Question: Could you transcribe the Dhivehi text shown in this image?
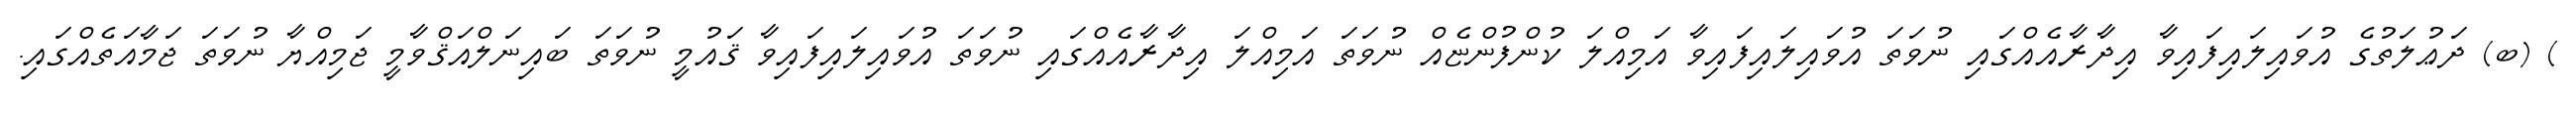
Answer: ) (ބ) ދަޢުލަތުގެ އުވައިލައިފައިވާ އިދާރާއެއްގައި ނުވަތަ އުވައިލައިފައިވާ އަމިއްލަ ކުންފުންޏެއް ނުވަތަ އަމިއްލަ އިދާރާއެއްގައި ނުވަތަ އުވައިލައިފައިވާ ޤައުމީ ނުވަތަ ބައިނަލްއަޤްވާމީ ޖަމިއްޔާ ނުވަތަ ޖަމާއަތެއްގައި.